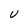
Character: U